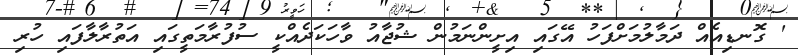
' ގޮނޑިއެއް ދަމާލުމަށްފަހު އޭގައި އިށީންނަމުން ޝުޖާއު ވާހަކަދެއްކީ ސުފުރާމަތީގައި އަތުރާލާފައި ހުރި